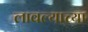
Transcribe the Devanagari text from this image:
लावल्याच्या